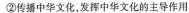
②传播中华文化，发挥中华文化的主导作用